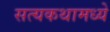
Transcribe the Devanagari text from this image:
सत्यकथामध्ये